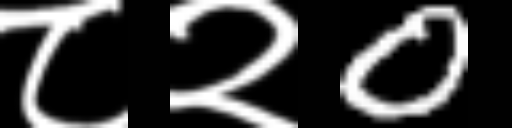
Text: ८२0